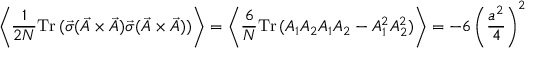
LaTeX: \left\langle \frac { 1 } { 2 N } \mathrm { T r } \, ( \vec { \sigma } ( \vec { A } \times \vec { A } ) \vec { \sigma } ( \vec { A } \times \vec { A } ) ) \right\rangle = \left\langle \frac { 6 } { N } \mathrm { T r } \, ( A _ { 1 } A _ { 2 } A _ { 1 } A _ { 2 } - A _ { 1 } ^ { 2 } A _ { 2 } ^ { 2 } ) \right\rangle = - 6 \left( \frac { a ^ { 2 } } { 4 } \right) ^ { 2 }